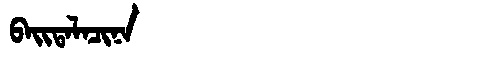
Manchu: ᠪᠠᡳᡨᠠᠯᠠᠴᡳᠨᠠ
Romanization: BAITALACINA